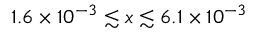
1 . 6 \times 1 0 ^ { - 3 } \lesssim x \lesssim 6 . 1 \times 1 0 ^ { - 3 }